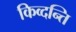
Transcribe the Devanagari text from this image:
किव्दन्ति